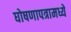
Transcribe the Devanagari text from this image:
घोषणापत्रामध्ये